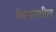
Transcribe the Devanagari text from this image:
गॅबनमधील